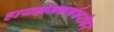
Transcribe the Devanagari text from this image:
हायझेनबर्गबरोबर